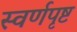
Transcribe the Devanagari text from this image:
स्वर्णपृष्ट